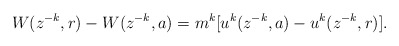
\begin{align*}W(z^{-k},r) - W(z^{-k},a) = m^k [u^k(z^{-k},a) - u^k(z^{-k},r)].\end{align*}